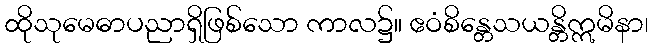
ထိုသုမေဓာပညာရှိဖြစ်သော ကာလ၌။ ဧဝံစိန္တေသယန္တိဣမိနာ၊